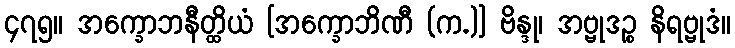
၄၇၅။ အက္ခောဘနီတ္ထိယံ [အက္ခောဘိဏီ (က.)] ဗိန္ဒု၊ အဗ္ဗုဒဉ္စ နိရဗ္ဗုဒံ။